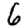
Digit: 6